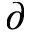
\partial